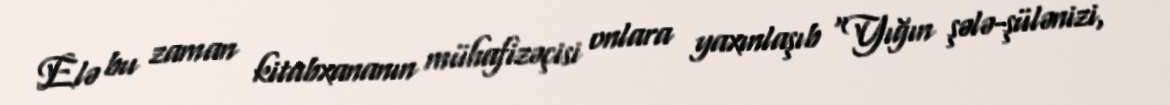
Elə bu zaman kitabxananın mühafizəçisi onlara yaxınlaşıb “Yığın şələ-şülənizi,